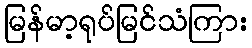
မြန်မာ့ရုပ်မြင်သံကြား